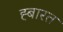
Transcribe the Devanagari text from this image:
ह्बारत